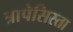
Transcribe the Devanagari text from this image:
त्रापेसिस्ता